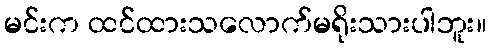
မင်းက ထင်ထားသလောက်မရိုးသားပါဘူး။